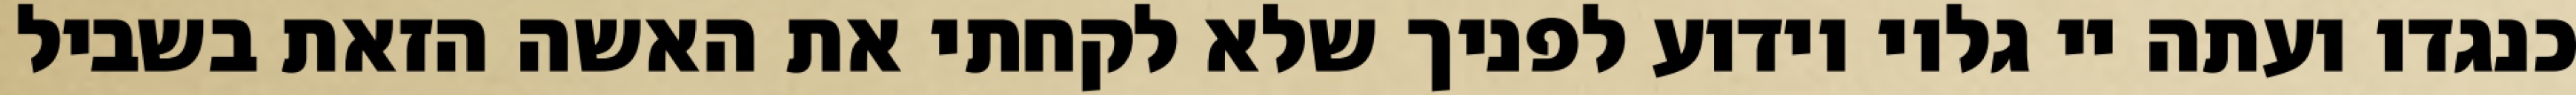
כנגדו ועתה יי גלוי וידוע לפניך שלא לקחתי את האשה הזאת בשביל